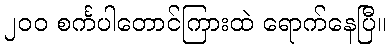
၂၀၀ စင်္ကပါတောင်ကြားထဲ ရောက်နေပြီ။